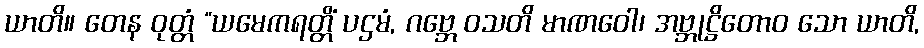
ယာတိ။ တေန ဝုတ္တံ “ယမေကရတ္တိံ ပဌမံ, ဂဗ္ဘေ ဝသတိ မာဏဝေါ၊ အဗ္ဘုဋ္ဌိတောဝ သော ယာတိ,